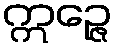
ဣဉ္ဇေ